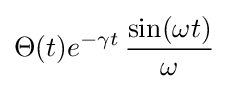
\Theta (t)e^{-\gamma t}\,{\frac {\sin(\omega t)}{\omega }}